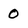
Character: 0